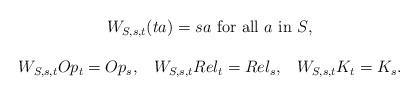
\begin{align*}\begin{array}{c}W_{S,s,t}(ta)= sa \mbox{ for all $a$ in $S$},\\\\ W_{S,s,t}Op_{t}=Op_{s},\;\;\; W_{S,s,t}Rel_{t}=Rel_{s},\;\;\;W_{S,s,t}K_{t}=K_{s}.\end{array}\end{align*}